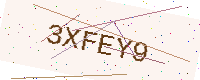
Text: 3XFEY9